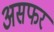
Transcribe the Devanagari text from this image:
असफर